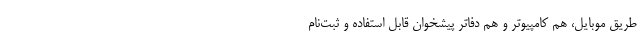
طریق موبایل، هم کامپیوتر و هم دفاتر پیشخوان قابل استفاده و ثبت‌نام